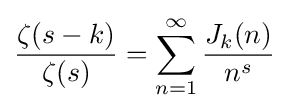
{\frac {\zeta (s-k)}{\zeta (s)}}=\sum _{n=1}^{\infty }{\frac {J_{k}(n)}{n^{s}}}